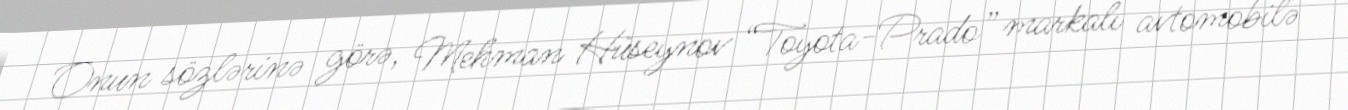
Onun sözlərinə görə, Mehman Hüseynov “Toyota-Prado” markalı avtomobilə